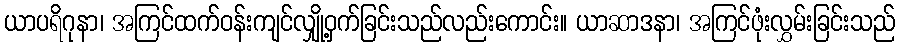
ယာပရိဂုနာ၊ အကြင်ထက်ဝန်းကျင်လျှို့ဝှက်ခြင်းသည်လည်းကောင်း။ ယာဆာဒနာ၊ အကြင်ဖုံးလွှမ်းခြင်းသည်